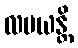
လပယန္တိ